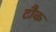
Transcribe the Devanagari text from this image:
टौक